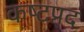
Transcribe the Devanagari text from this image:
कष्‍टप्रद